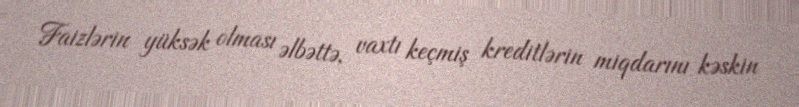
Faizlərin yüksək olması əlbəttə, vaxtı keçmiş kreditlərin miqdarını kəskin